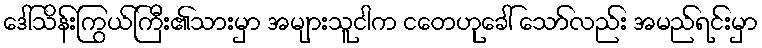
ဒေါ်သိန်းကြွယ်ကြီး၏သားမှာ အများသူငါက ငတေဟုခေါ် သော်လည်း အမည်ရင်းမှာ